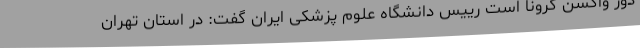
دوز واکسن کرونا است رییس دانشگاه علوم پزشکی ایران گفت: در استان تهران